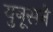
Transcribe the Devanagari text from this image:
युनूसने